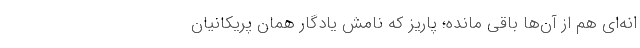
انه‌ای هم از آن‌ها باقی مانده؛ پاریز که نامش یادگار همان پریکانیان